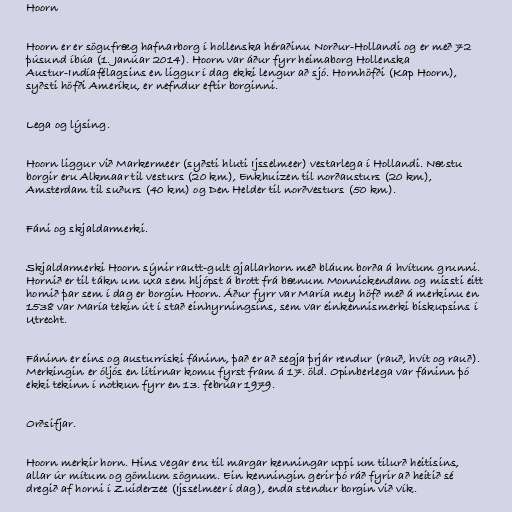
Hoorn

Hoorn er er sögufræg hafnarborg í hollenska héraðinu Norður-Hollandi og er með 72
þúsund íbúa (1. Janúar 2014). Hoorn var áður fyrr heimaborg Hollenska
Austur-Indíafélagsins en liggur í dag ekki lengur að sjó. Hornhöfði (Kap Hoorn),
syðsti höfði Ameríku, er nefndur eftir borginni.

Lega og lýsing.

Hoorn liggur við Markermeer (syðsti hluti Ijsselmeer) vestarlega í Hollandi. Næstu
borgir eru Alkmaar til vesturs (20 km), Enkhuizen til norðausturs (20 km),
Amsterdam til suðurs (40 km) og Den Helder til norðvesturs (50 km).

Fáni og skjaldarmerki.

Skjaldarmerki Hoorn sýnir rautt-gult gjallarhorn með bláum borða á hvítum grunni.
Hornið er til tákn um uxa sem hljópst á brott frá bænum Monnickendam og missti eitt
hornið þar sem í dag er borgin Hoorn. Áður fyrr var María mey höfð með á merkinu en
1538 var María tekin út í stað einhyrningsins, sem var einkennismerki biskupsins í
Utrecht.

Fáninn er eins og austurríski fáninn, það er að segja þrjár rendur (rauð, hvít og rauð).
Merkingin er óljós en litirnar komu fyrst fram á 17. öld. Opinberlega var fáninn þó
ekki tekinn í notkun fyrr en 13. febrúar 1979.

Orðsifjar.

Hoorn merkir horn. Hins vegar eru til margar kenningar uppi um tilurð heitisins,
allar úr mítum og gömlum sögnum. Ein kenningin gerir þó ráð fyrir að heitið sé
dregið af horni í Zuiderzee (Ijsselmeer í dag), enda stendur borgin við vík.